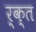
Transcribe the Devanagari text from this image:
र्क्त